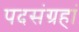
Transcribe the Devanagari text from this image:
पदसंग्रहां